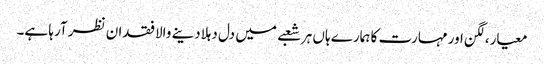
معیار،لگن اور مہارت کا ہمارے ہاں ہر شعبے میں دل دہلادینے والا فقدان نظر آرہا ہے۔